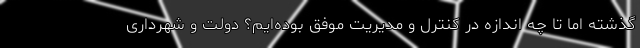
گذشته اما تا چه اندازه در کنترل و مدیریت موفق بوده‌ایم؟ دولت و شهرداری